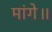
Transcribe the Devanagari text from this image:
मांगे॥